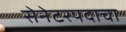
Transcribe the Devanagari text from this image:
सेनेटरपदाचा